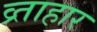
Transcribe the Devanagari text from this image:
व्र्ताहार